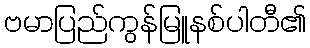
ဗမာပြည်ကွန်မြူနစ်ပါတီ၏